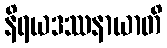
နိရယဒဿနာယာတိ